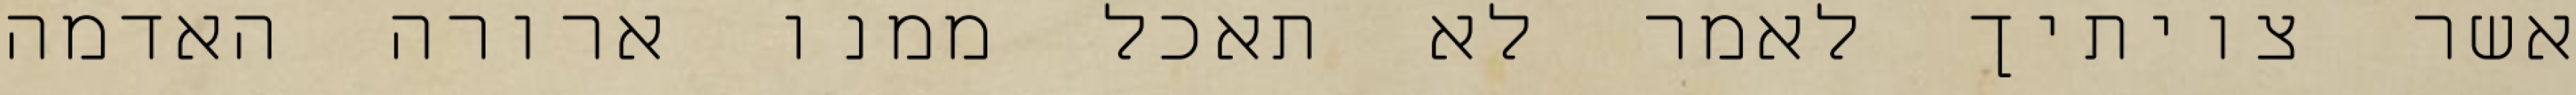
אשר צויתיך לאמר לא תאכל ממנו ארורה האדמה